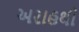
અરાહથી